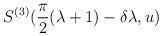
\begin{align*}S^{(3)}(\frac{\pi }{2}(\lambda +1)-\delta \lambda ,u)\end{align*}